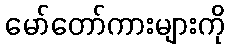
မော်တော်ကားများကို